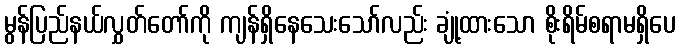
မွန်ပြည်နယ်လွှတ်တော်ကို ကျန်ရှိနေသေးသော်လည်း ချုံ့ထားသော စိုးရိမ်စရာမရှိပေ